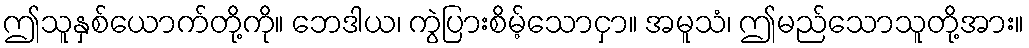
ဤသူနှစ်ယောက်တို့ကို။ ဘေဒါယ၊ ကွဲပြားစိမ့်သောငှာ။ အမူသံ၊ ဤမည်သောသူတို့အား။